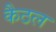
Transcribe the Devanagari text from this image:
कैठल